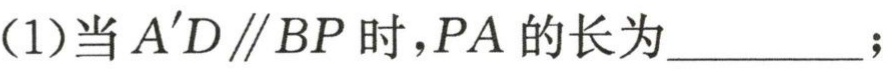
(1)当 \(A'D\parallel BP\) 时，\(PA\) 的长为________；